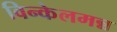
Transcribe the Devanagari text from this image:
विन्केलमन्न